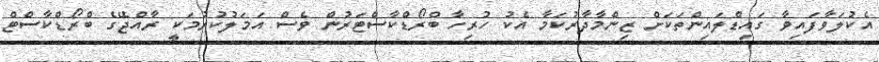
އެކުލަވާފައިވާ ގައިޑްލައިންތަކަށް ޒިންމާދާރުކަމާ އެކު ހުރިހާ ބްރޯޑްކާސްޓަރުން ވެސް އަމަލުކުރުމަކީ ރާއްޖޭގެ ބްރޯޑްކާސްޓް